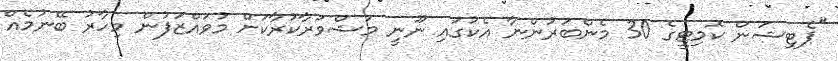
"ޕެޓިޝަން ކޮމިޓީގެ 30 މެންބަރުންނާ އެކުގައި ނޫނީ މަޝްވަރާކުރާކަށް މުވައްޒަފުން މިހާރު ބޭނުމެއް